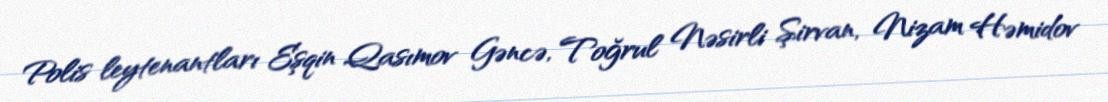
Polis leytenantları Eşqin Qasımov Gəncə, Toğrul Nəsirli Şirvan, Nizam Həmidov